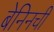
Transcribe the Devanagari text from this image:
बेनिनची